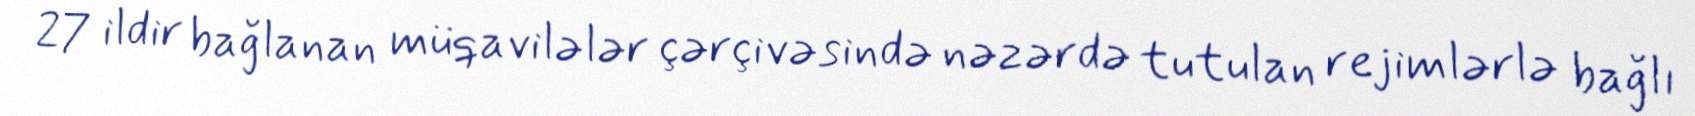
27 ildir bağlanan müqavilələr çərçivəsində nəzərdə tutulan rejimlərlə bağlı